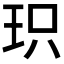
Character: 𮴉